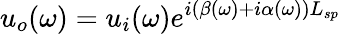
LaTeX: u_{o}(\omega)=u_{i}(\omega)e^{i(\beta(\omega)+i\alpha(\omega))L_{sp}}